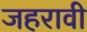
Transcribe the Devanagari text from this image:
जहरावी